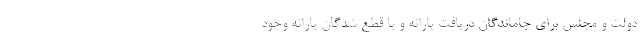
دولت و مجلس برای جاماندگان دریافت یارانه و یا قطع شدگان یارانه وجود